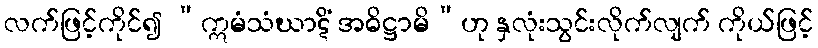
လက်ဖြင့်ကိုင်၍ “ဣမံသံဃာဋိံ အဓိဋ္ဌာမိ”ဟု နှလုံးသွင်းလိုက်လျက် ကိုယ်ဖြင့်